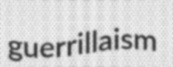
guerrillaism